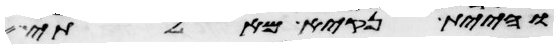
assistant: והיית נקיא מאלתי